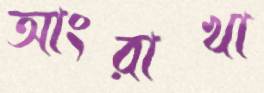
আংরাখা